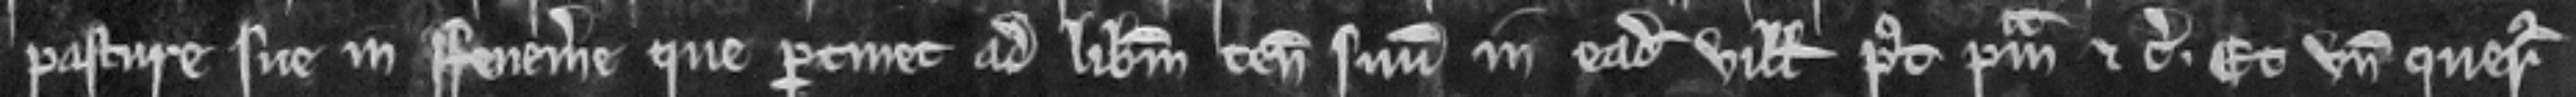
pasture sue in Fenemere que pertinet ad liberum tenementum suum in eadem villa post primam etc. Et unde queritur